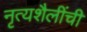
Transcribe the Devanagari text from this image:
नृत्यशैलींची